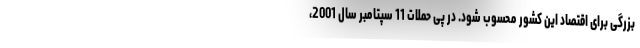
بزرگی برای اقتصاد این کشور محسوب شود. در پی حملات 11 سپتامبر سال 2001،